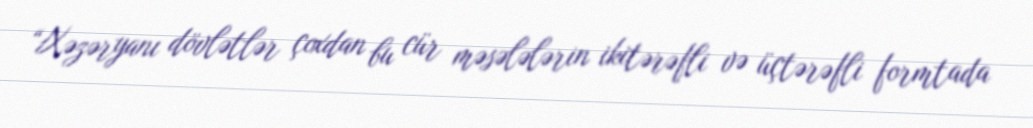
“Xəzəryanı dövlətlər çoxdan bu cür məsələlərin ikitərəfli və üçtərəfli formtada